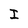
Character: I